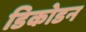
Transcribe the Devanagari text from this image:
डिकोडन